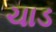
ચાડ